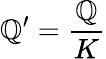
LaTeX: \mathbb{Q}^{\prime}={\frac{{\mathbb{Q}}}{{K}}}